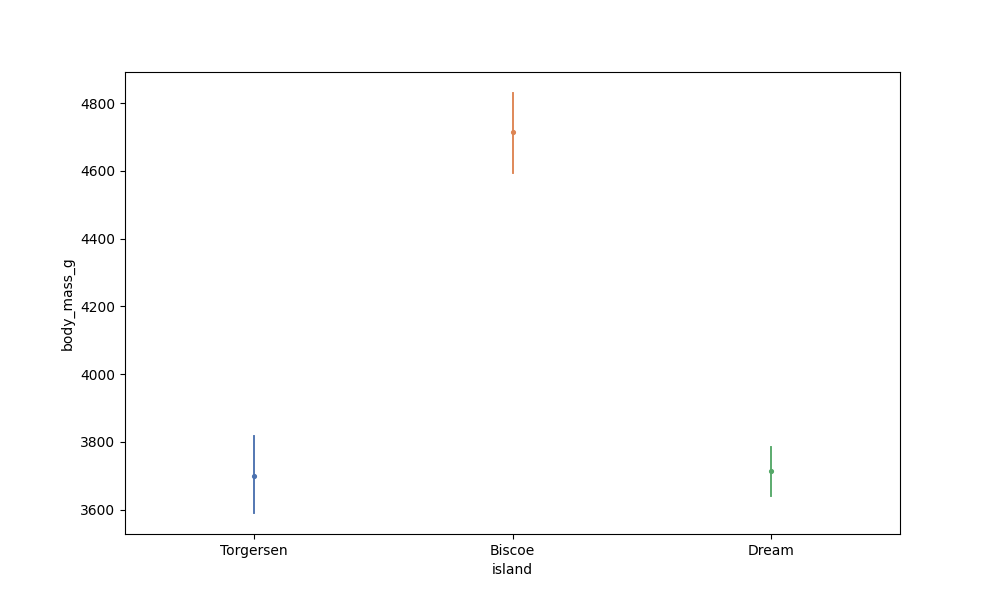
python, seaborn, pointplot, scale=0.5, join=False, hue='None', palette='deep'